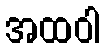
အထဝါ